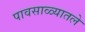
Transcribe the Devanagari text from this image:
पावसाळ्यातले